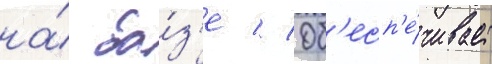
на́ ба́з'е // Об'есп'е́чивает